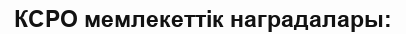
КСРО мемлекеттік наградалары: